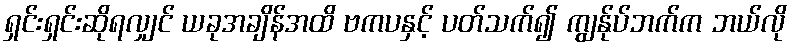
ရှင်းရှင်းဆိုရလျှင် ယခုအချိန်အထိ ဗကပနှင့် ပတ်သက်၍ ကျွန်ုပ်ဘက်က ဘယ်လို